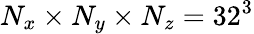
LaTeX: N_{x}\times N_{y}\times N_{z}=32^{3}